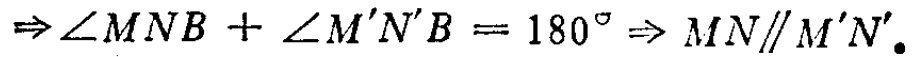
\(\Rightarrow\angle MNB + \angle M'N'B = 180^{\circ}\Rightarrow MN\parallel M'N'.\)